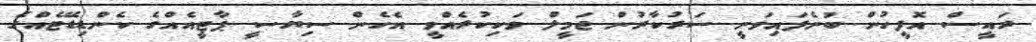
ރައީސް އޮފީހުން ބުނެފައިވަނީ ސަރުކާރުން ޖަމީލް ވަކިކުރެއްވީ އެހެން ސިޔާސީ ޕާޓީއެއްގެ ކެންޑިޑޭޓެއްގެ